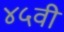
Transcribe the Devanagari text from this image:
४५वी